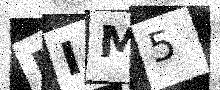
Text: IIM5